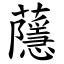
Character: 蘟